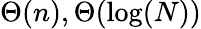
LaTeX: \Theta(n),\Theta(\log(N))